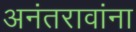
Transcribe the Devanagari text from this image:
अनंतरावांना